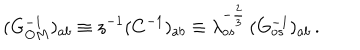
LaTeX: ( G _ { O M } ^ { - 1 } ) _ { a b } \equiv z ^ { - 1 } ( C ^ { - 1 } ) _ { a b } \equiv \lambda _ { o s } ^ { - { \frac { 2 } { 3 } } } \, ( G _ { o s } ^ { - 1 } ) _ { a b } \, .